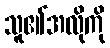
သူ၏အလိုကို